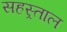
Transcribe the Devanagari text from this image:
सहस्र्ताल